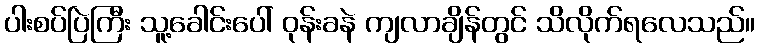
ပါးစပ်ပြဲကြီး သူ့ခေါင်းပေါ် ဝုန်းခနဲ ကျလာချိန်တွင် သိလိုက်ရလေသည်။